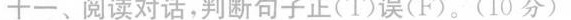
十一、阅读对话,判断句子止(Ⅰ)误(F).(10分)